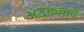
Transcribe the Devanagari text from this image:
अडकवावे